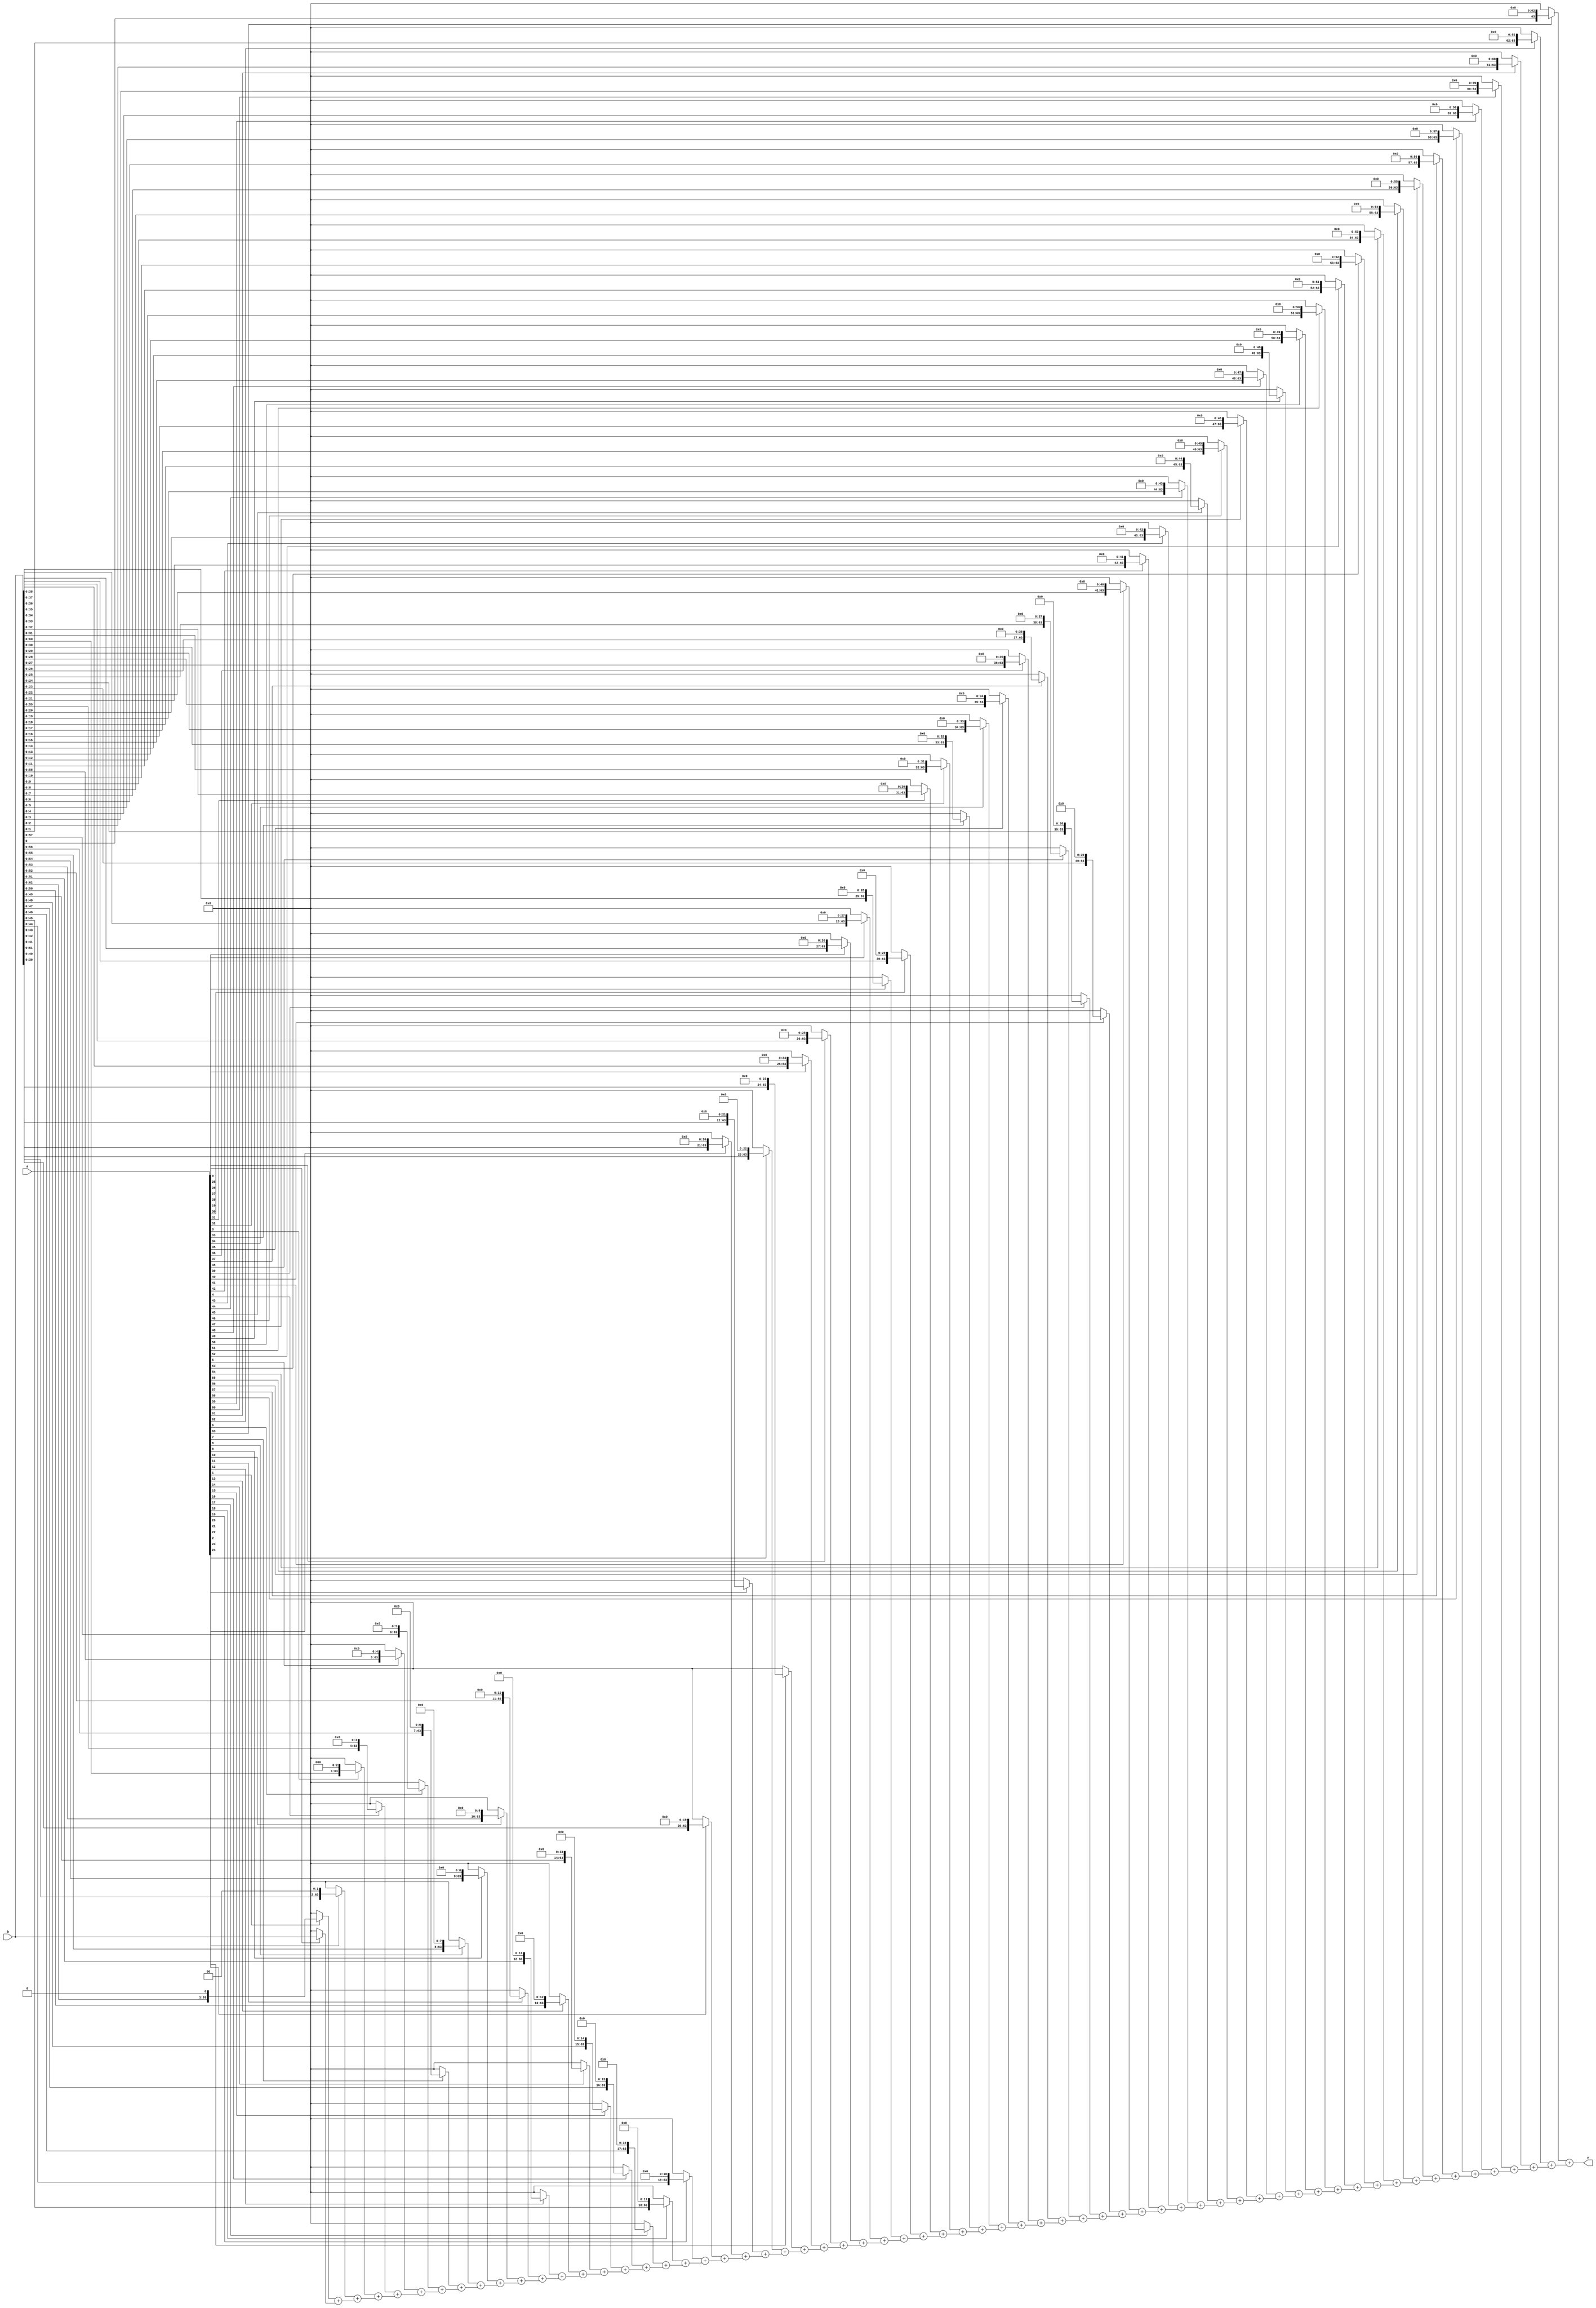
`timescale 1ns / 1ps
//////////////////////////////////////////////////////////////////////////////////
// Company: 
// Engineer: 
// 
// Design Name: 
// Module Name:    array_multiplier 
// Project Name: 
// Target Devices: 
// Tool versions: 
// Description: 
//
// Dependencies: 
//
// Revision: 
// Revision 0.01 - File Created
// Additional Comments: 
//
//////////////////////////////////////////////////////////////////////////////////
module array_multiplier(a, b, y);

parameter width = 64;
input [width-1:0] a, b;
output [width-1:0] y;

wire [width*width-1:0] partials;

genvar i;
assign partials[width-1 : 0] = a[0] ? b : 0;
generate for (i = 1; i < width; i = i+1) begin:gen
    assign partials[width*(i+1)-1 : width*i] = (a[i] ? b << i : 0) +
                                   partials[width*i-1 : width*(i-1)];
end endgenerate

assign y = partials[width*width-1 : width*(width-1)];

endmodule